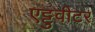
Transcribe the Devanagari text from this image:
एट्टुवीटर